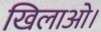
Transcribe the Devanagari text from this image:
खिलाओ।